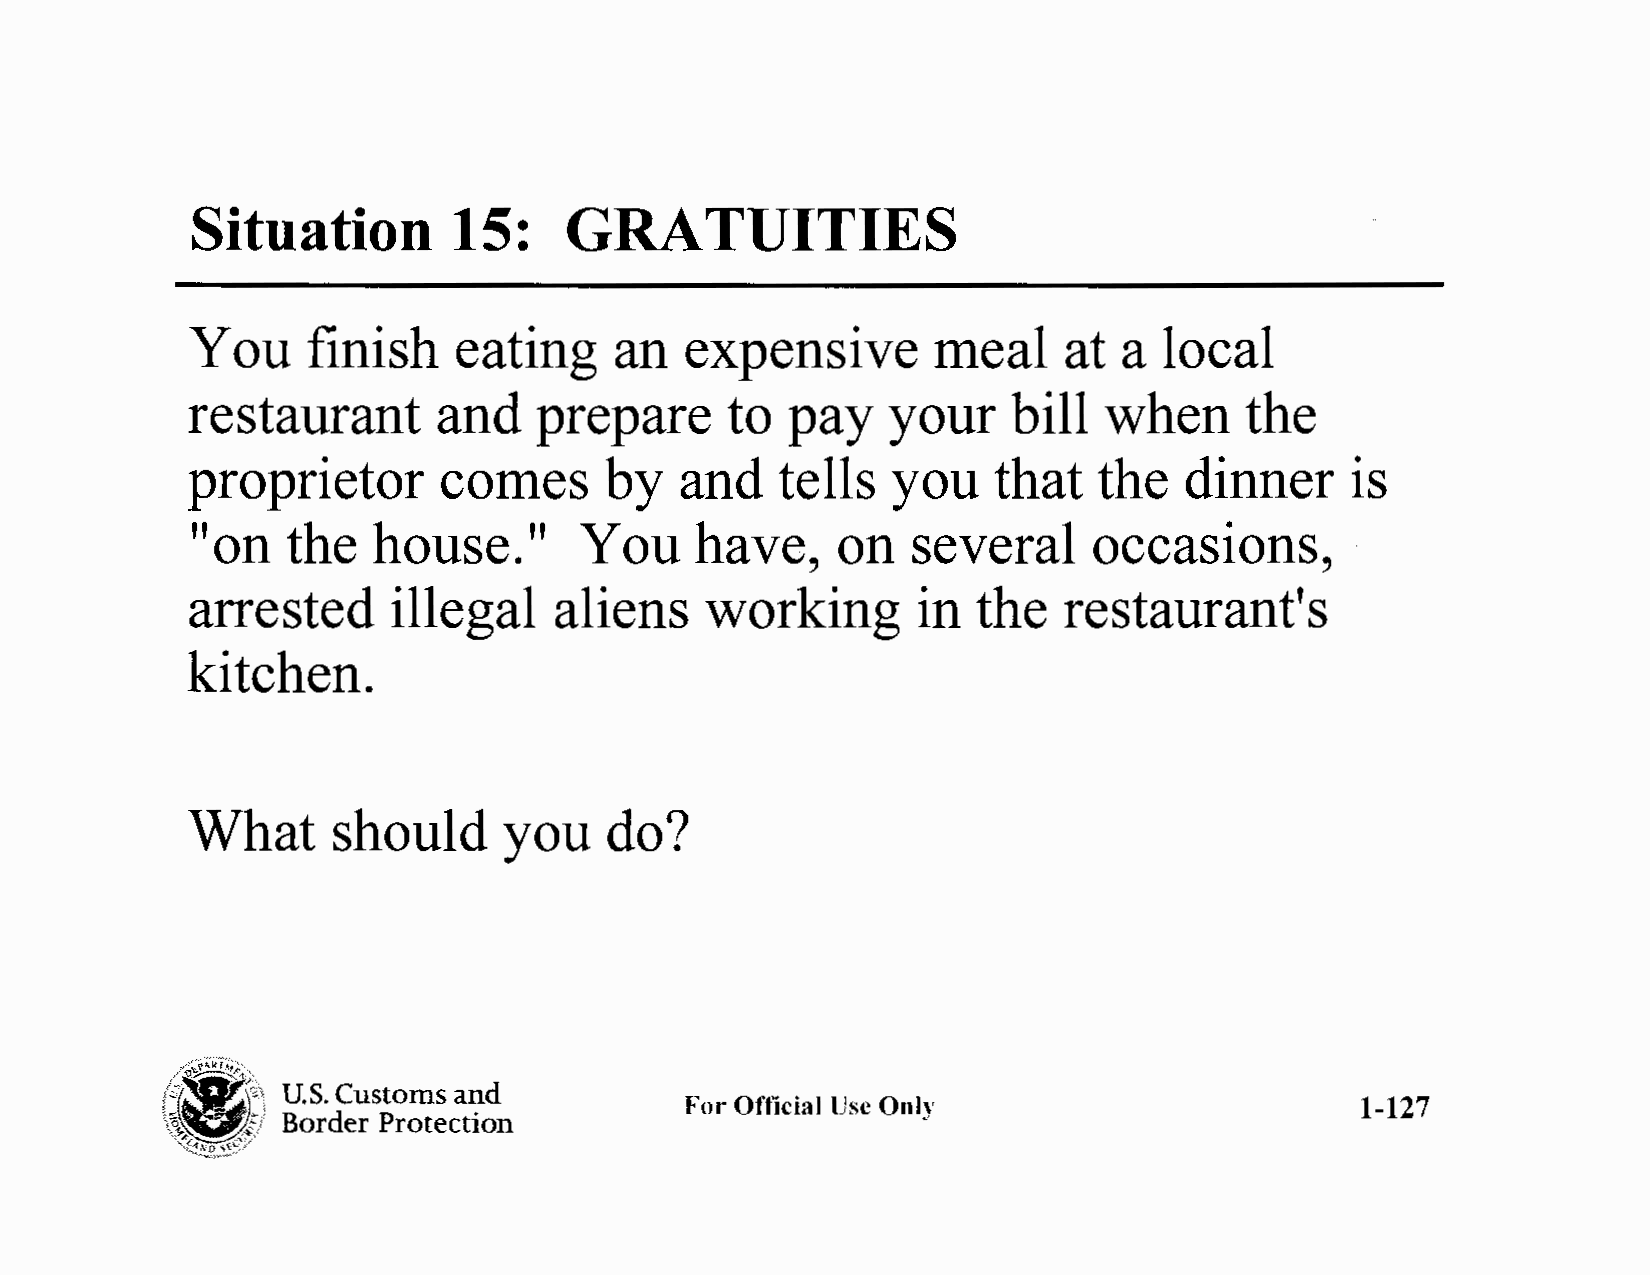
Situation        15:     GRATUITIES
 You    finish    eating     an  expensive        meal     at a  local
 restaurant       and    prepare     to  pay    your    bill  when      the
 proprietor       comes      by   and    tells  you    that   the  dinner     is
 "on   the   house."      You     have,    on   several     occasions,
 arrested      illegal    aliens    working       in  the  restaurant's
 kitchen.
 What      should     you    do?
 ("/,«(~3~E~''f, \
 U.S. Customs and
 ,~g_.t;                           For Official Use OnlJ'                       1-127
 Border Protection
 ,(t~'"~J:-,/